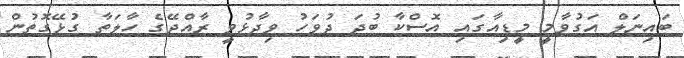
ބައިނަލް އަގުވާމީ މީޑިއާގައި އޮސްކާ ބުދަ ދުވަހު ވިދާޅުވީ ރާއްޖޭގެ ހާލަތާ ގުޅޭގޮތުން